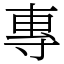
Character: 專